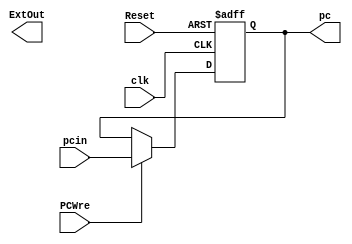
module PC(
    input PCWre,
    input clk,
    input Reset,
    input[31:0] pcin,
    output[31:0] ExtOut,
    output[31:0] pc
    );
    reg[31:0] pc;
    
    always@(posedge clk or negedge Reset)
        begin
            if (!Reset)
                pc = 0;
            else
                begin
                    if (PCWre)
                        begin
                            pc = pcin;
                        end
                end
        end
endmodule